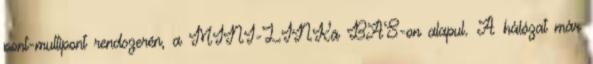
pont-multipont rendszerén, a MINI-LINKä BAS-on alapul. A hálózat már